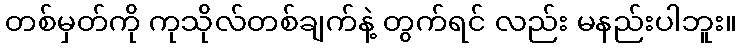
တစ်မှတ်ကို ကုသိုလ်တစ်ချက်နဲ့ တွက်ရင် လည်း မနည်းပါဘူး။